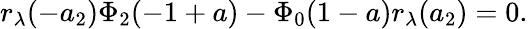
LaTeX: \begin{array}{r}{r_{\lambda}(-a_{2})\Phi_{2}(-1+a)-\Phi_{0}(1-a)r_{\lambda}(a_{2})=0.}\end{array}